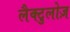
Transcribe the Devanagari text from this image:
लैक्टुलोज़